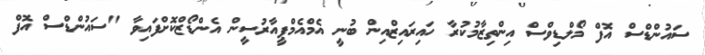
ސައުންޑްސް އޮފް މޯލްޑިވްސް އިންތިޒާމުކުރާ ހައިރައިޒްއިން ބުނީ އެމްއެމްޕީއާރުސީން އެންޑޯޒްކޮށްފައިވާ "ސައުންޑްސް އޮފް